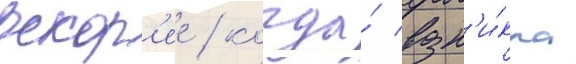
вскор'ее / когда́ возн'и́кла